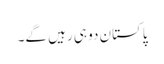
پاکستان دو ہی رہیں گے۔